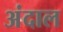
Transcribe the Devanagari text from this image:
अंदाल